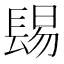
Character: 𨲎